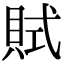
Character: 𧵻